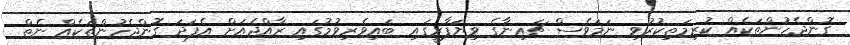
ގޮންޖެހުންތަކެއް ކުރިމަތިކުރުވި ނަމަވެސް ޗައިނާގެ ވިޔަފާރީގައި ބައިވެރިވުމުގައި ރާއްޖެއަށް އެފަދަ ގޮންޖެހުންތަކެއް ނެތް